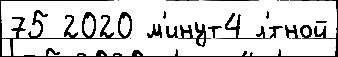
75 2020 м'инут4 л'́тной